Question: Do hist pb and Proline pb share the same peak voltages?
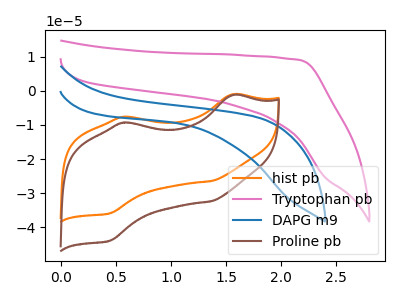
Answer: <think>The orange curve "hist pb" has anodic peaks at (1.55V, -1.05uA) (0.55V, -7.65uA) and cathodic peaks at (1.35V, -26.45uA) (0.45V, -35.90uA). The pink curve "Tryptophan pb" has no peaks. The blue curve "DAPG m9" has no peaks. The brown curve "Proline pb" has anodic peaks at (1.55V, -1.25uA) (0.55V, -9.35uA) and cathodic peaks at (1.35V, -32.35uA) (0.45V, -43.95uA).</think>
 <answer>Yes, "hist pb" have a peak in "Proline pb" at the same potential.</answer>
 <eval>match</eval>